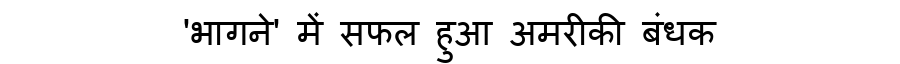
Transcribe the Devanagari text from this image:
'भागने' में सफल हुआ अमरीकी बंधक